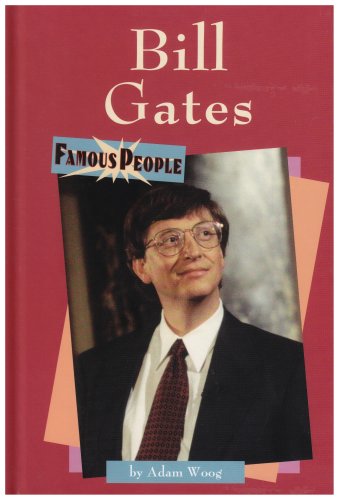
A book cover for Bill Gates (Famous People); Adam Woog; Children's Books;